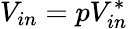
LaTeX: V_{in}=pV_{in}^{*}